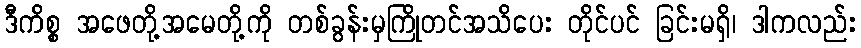
ဒီကိစ္စ အဖေတို့အမေတို့ကို တစ်ခွန်းမှကြိုတင်အသိပေး တိုင်ပင် ခြင်းမရှိ၊ ဒါကလည်း